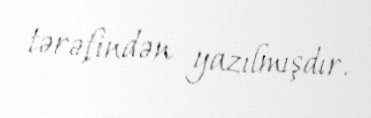
tərəfindən yazılmışdır.